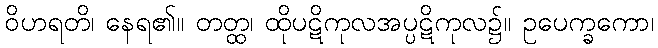
ဝိဟရတိ၊ နေရ၏။ တတ္ထ၊ ထိုပဋိကုလအပ္ပဋိကုလ၌။ ဥပေက္ခကော၊